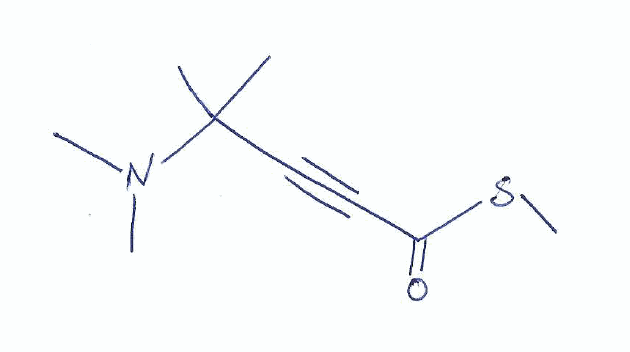
Simplified molecular-input line-entry system (SMILES) notation of the given molecule:
CC(C)(C#CC(=O)SC)N(C)C